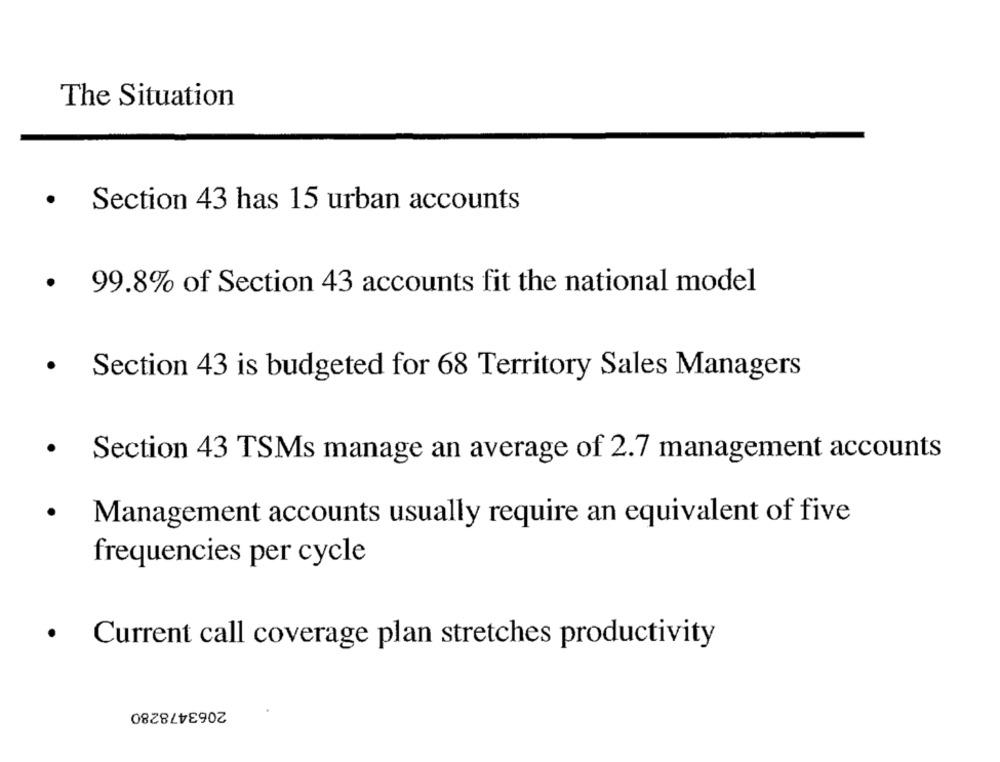
The Situation
· Section 43 has 15 urban accounts
· 99.8% of Section 43 accounts fit the national model
· Section 43 is budgeted for 68 Territory Sales Managers
· Section 43 TSMs manage an average of 2.7 management accounts
.
Management accounts usually require an equivalent of five
frequencies per cycle
.
Current call coverage plan stretches productivity
2063478280